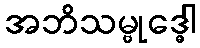
အဘိသမ္ဗုဒ္ဓေါ